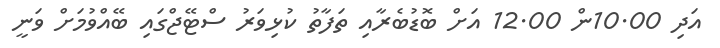
އަދި 10.00ން 12.00 އަށް ބޮޑުބެރާއި ތަފާތު ކުޅިވަރު ސްޓޭޖްގައި ބޭއްވުމަށް ވަނީ